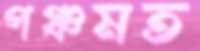
পঞ্চমত